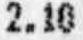
2.10